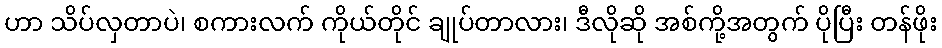
ဟာ သိပ်လှတာပဲ၊ စကားလက် ကိုယ်တိုင် ချုပ်တာလား၊ ဒီလိုဆို အစ်ကို့အတွက် ပိုပြီး တန်ဖိုး